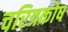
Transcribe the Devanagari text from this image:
चरित्रकोष